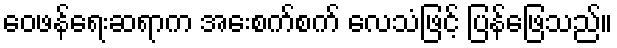
ဝေဖန်ရေးဆရာက အေးစက်စက် လေသံဖြင့် ပြန်ဖြေသည်။